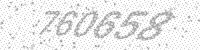
Solution: 760658